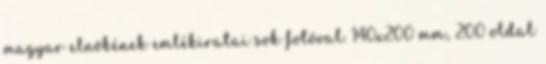
magyar elnökének emlékiratai sok fotóval. 140x200 mm, 200 oldal